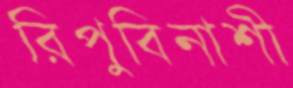
রিপুবিনাশী